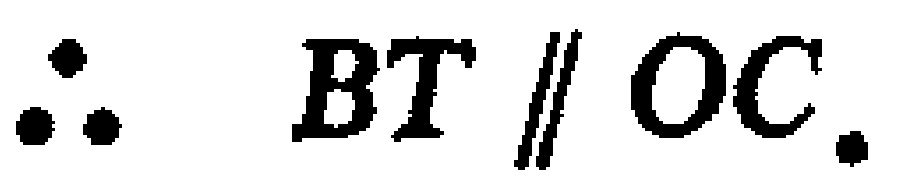
$\therefore BT\parallel OC.$